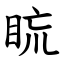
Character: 䀮